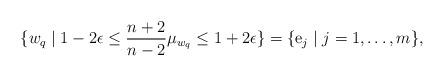
LaTeX: \begin{align*}\lbrace w_{q}\mid 1-2\epsilon\leq \frac{n+2}{n-2}\mu_{w_{q}}\leq 1+2\epsilon\rbrace=\lbrace \mathrm{e}_{j}\mid j=1, \ldots,m\rbrace,\end{align*}